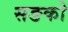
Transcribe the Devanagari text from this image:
सङको